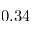
0 . 3 4